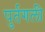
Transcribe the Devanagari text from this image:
पुर्तगली